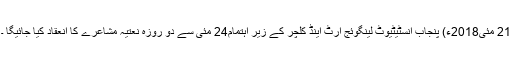
21 مئی2018ء) پنجاب انسٹیٹیوٹ لینگوئج آرٹ اینڈ کلچر کے زیر اہتمام24 مئی سے دو روزہ نعتیہ مشاعرے کا انعقاد کیا جائیگا ۔